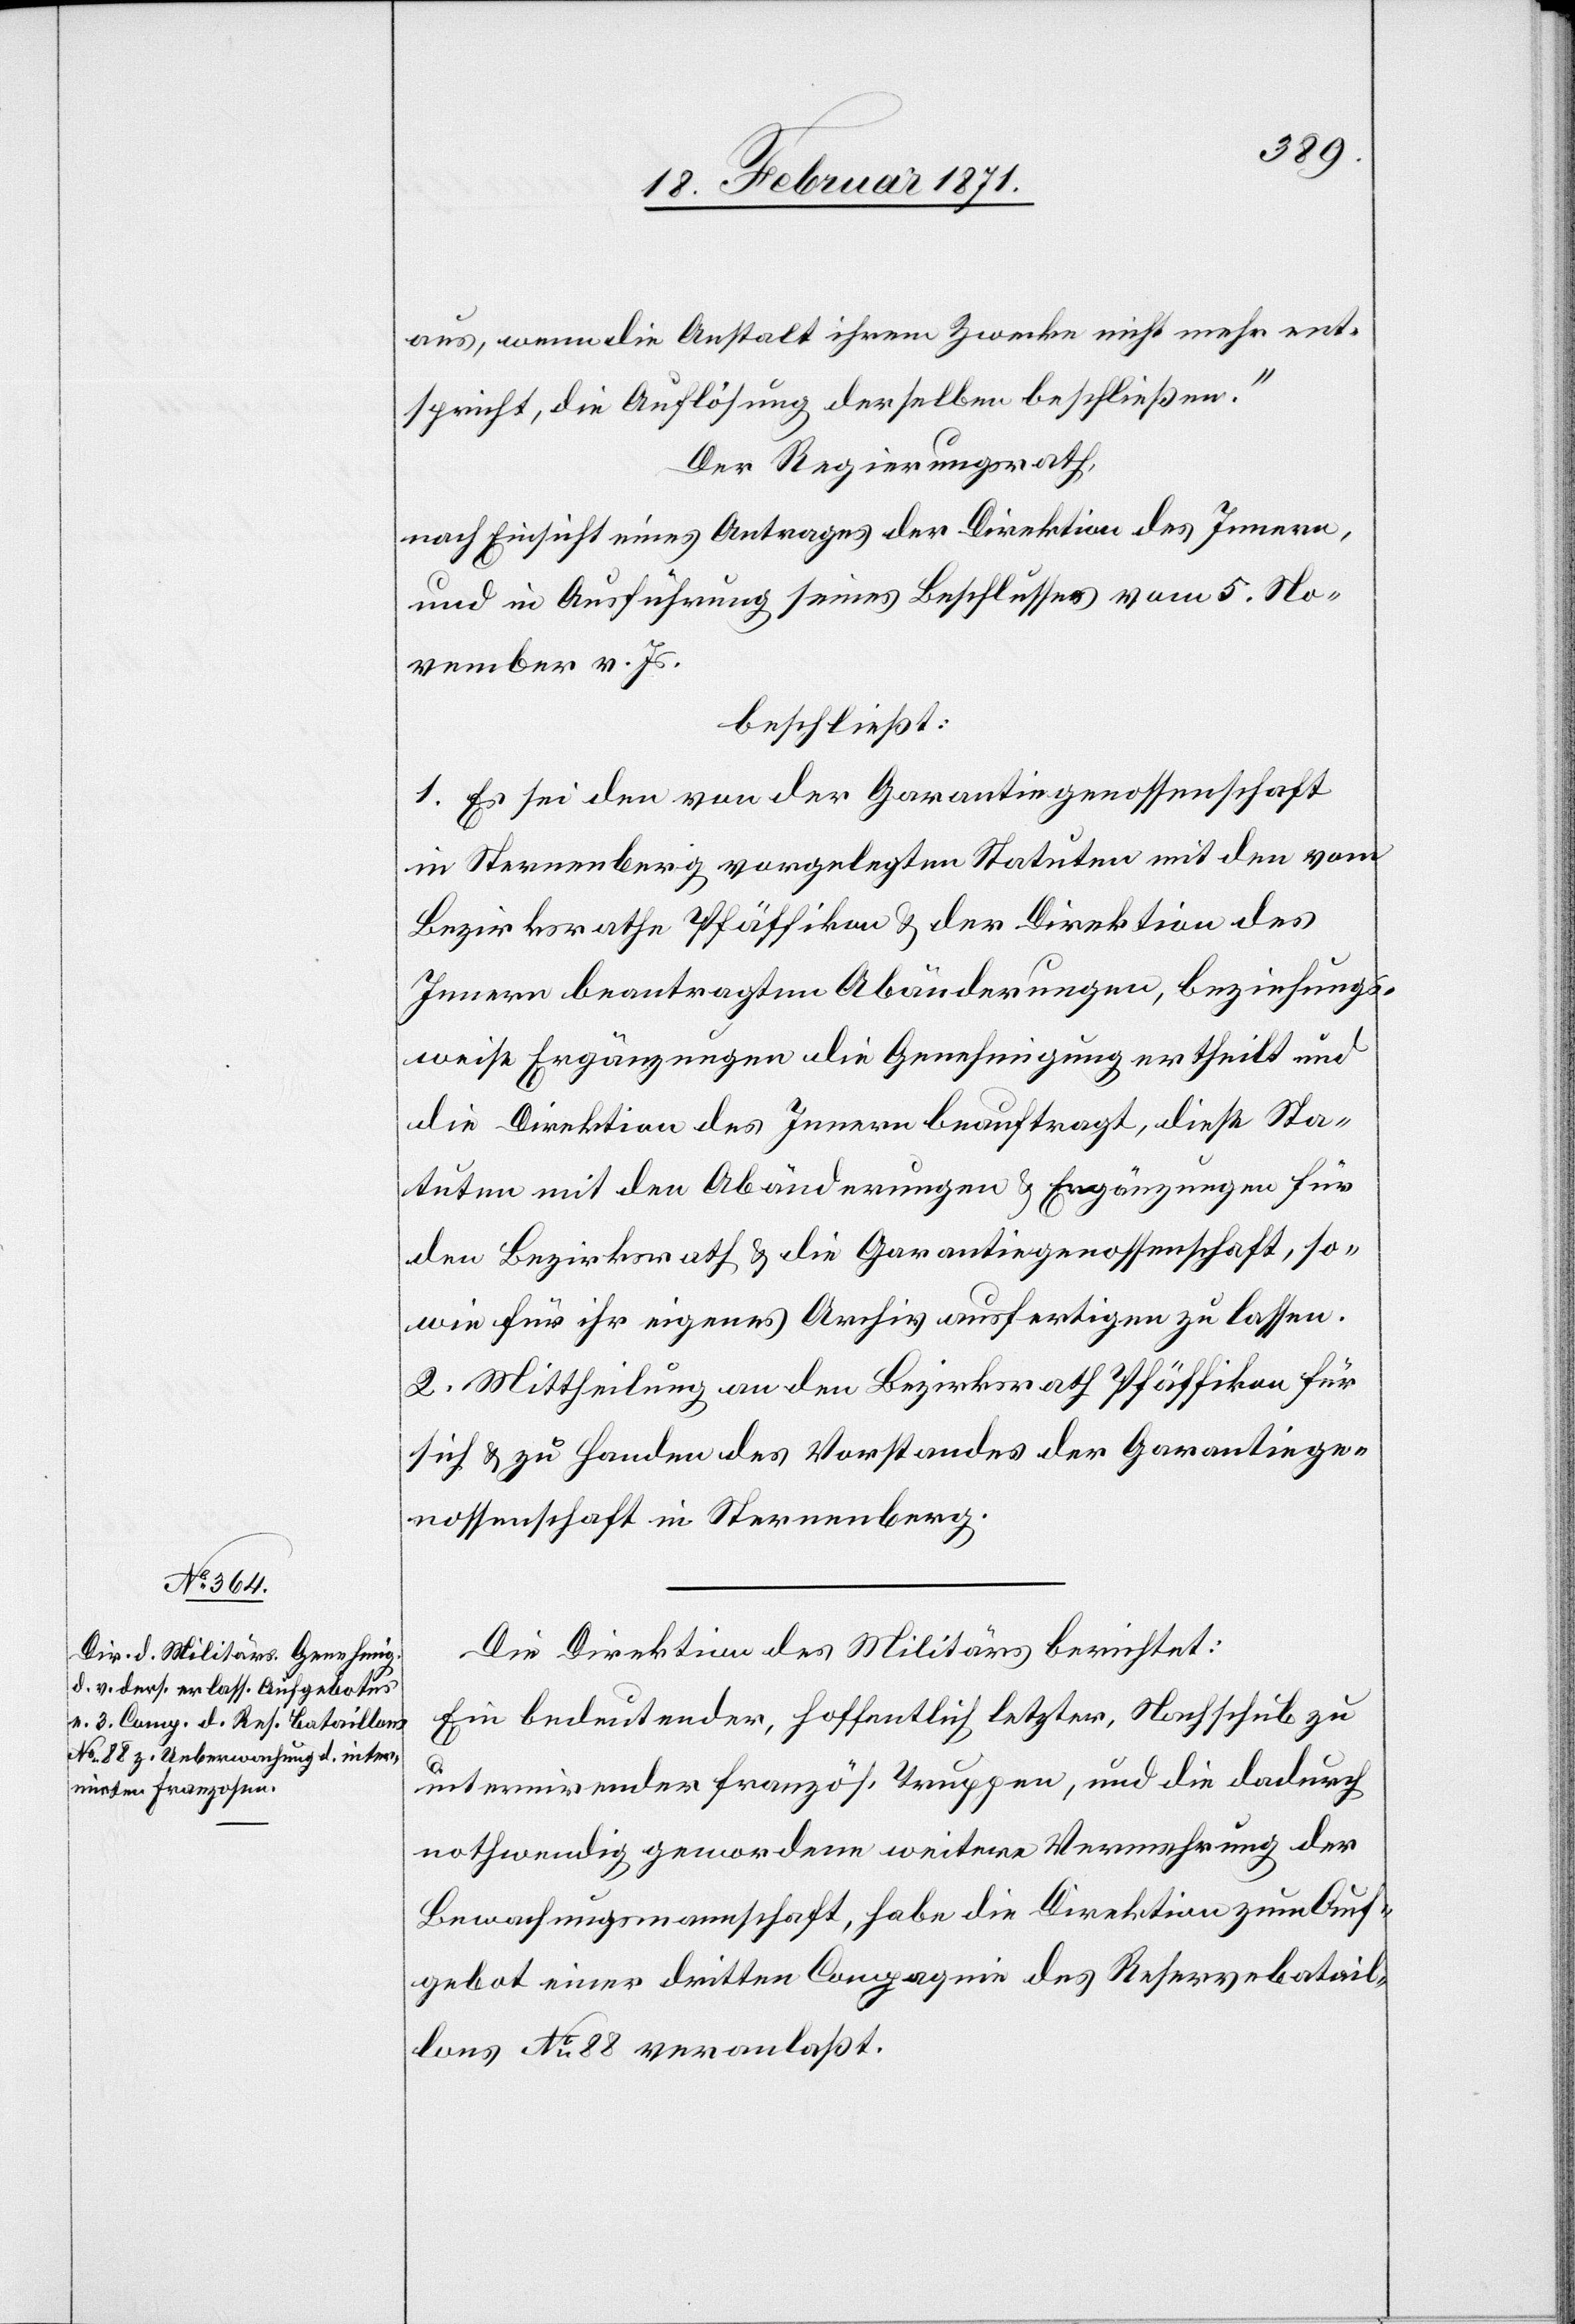
aus, wenn die Anstalt ihrem Zwecke nicht mehr ent¬
spricht, die Auflösung derselben beschließen.“
Der Regierungsrath,
nach Einsicht eines Antrages der Direktion des Innern,
und in Ausführung seines Beschlusses vom 5. No¬
vember v. Js.
beschließt:
1. Es sei den von der Garantiegenossenschaft
in Sternenberg vorgelegten Statuten mit den vom
Bezirksrathe Pfäffikon u. der Direktion des
Innern beantragten Abänderungen, beziehungs¬
weise Ergänzungen die Genehmigung ertheilt und
die Direktion des Innern beauftragt, diese Sta¬
tuten mit den Abänderungen u. Ergänzungen für
den Bezirksrath u. die Garantiegenossenschaft, so¬
wie für ihr eigenes Archiv ausfertigen zu lassen.
2. Mittheilung an den Bezirksrath Pfäffikon für
sich u. zu Handen des Vorstandes der Garantiege¬
nossenschaft in Sternenberg.
Die Direktion des Militärs berichtet:
Ein bedeutender, hoffentlich letzter, Nachschub zu
internirender französ. Truppen, und die dadurch
nothwendig gewordene weitere Vermehrung der
Bewachungsmannschaft, habe die Direktion zum Auf¬
gebot einer dritten Compagnie des Reservebatail¬
lons No. 88 veranlaßt.